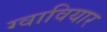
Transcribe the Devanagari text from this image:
ग्वावियार